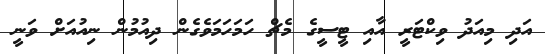
އަދި މިއަދު ވިކްޓަރީ އާއި ޓީސީގެ މެޗް ހަމަހަމަވެގެން ދިއުމުން ނިއުއަށް ވަނީ